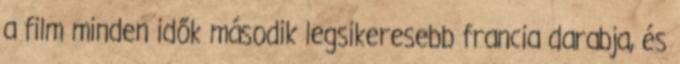
a film minden idők második legsikeresebb francia darabja, és